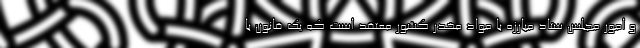
و امور مجلس ستاد مبارزه با مواد مخدر کشور معتقد است که یک قانون با